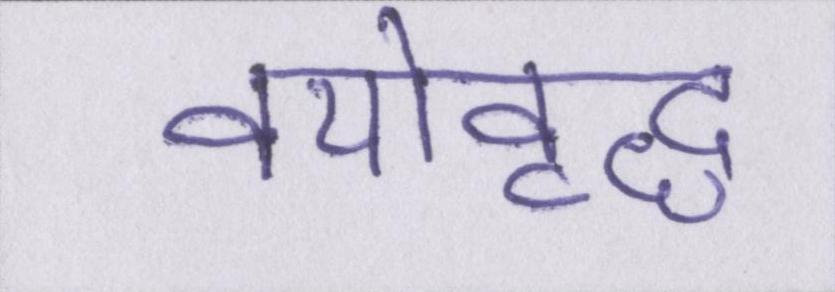
वयोवृद्ध